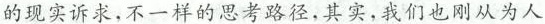
的现实诉求，不一样的思考路径，其实，我们也刚从为人